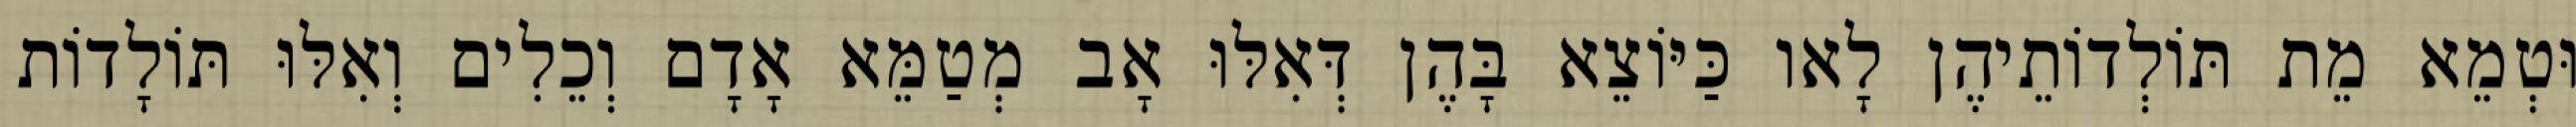
וּטְמֵא מֵת תּוֹלְדוֹתֵיהֶן לָאו כַּיּוֹצֵא בָּהֶן דְּאִלּוּ אָב מְטַמֵּא אָדָם וְכֵלִים וְאִלּוּ תּוֹלָדוֹת